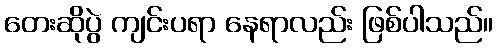
တေးဆိုပွဲ ကျင်းပရာ နေရာလည်း ဖြစ်ပါသည်။